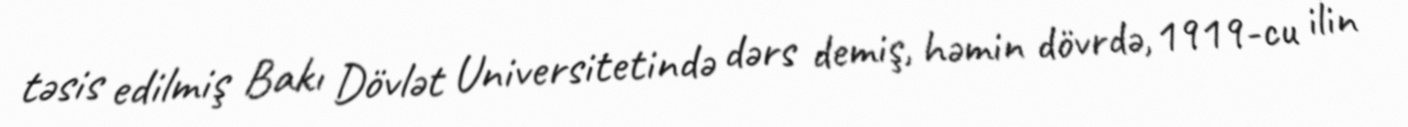
təsis edilmiş Bakı Dövlət Universitetində dərs demiş, həmin dövrdə, 1919-cu ilin